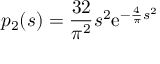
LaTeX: p _ { 2 } ( s ) = { \frac { 3 2 } { \pi ^ { 2 } } } s ^ { 2 } \mathrm { e } ^ { - { \frac { 4 } { \pi } } s ^ { 2 } }